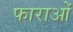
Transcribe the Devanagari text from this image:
फाराओं